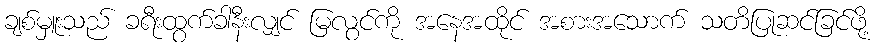
ချစ်မှူးသည် ခရီးထွက်ခါနီးလျှင် မြလွင်ကို အနေအထိုင် အစားအသောက် သတိပြုဆင်ခြင်ဖို့